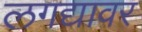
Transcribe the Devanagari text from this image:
लगद्यावर